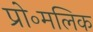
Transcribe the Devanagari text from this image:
प्रो॰मलिक